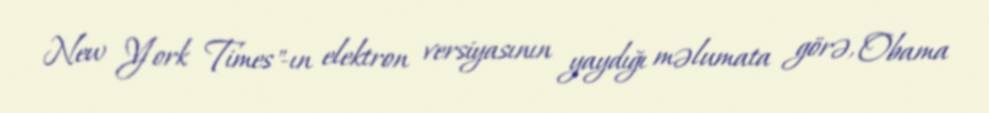
New York Times"-ın elektron versiyasının yaydığı məlumata görə, Obama